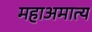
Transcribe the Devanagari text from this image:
महाअमात्य